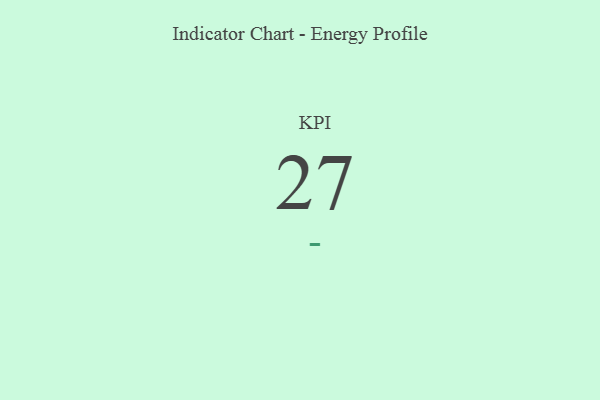
{"axis": {"x": "KPI", "y": "Value"}, "legend": [""], "data": [{"x": "KPI", "y": 27, "type": ""}]}